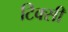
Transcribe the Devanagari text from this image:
टिक्सी